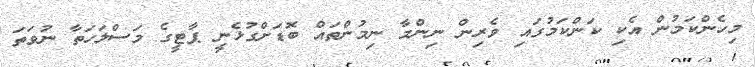
މިހެންކަމުން އެކި ކަންކަމުގައި ވެރިން ނިންމާ ނިމުންތައް ބޮޑަށްގުޅެނީ ޕާޓީގެ މަސްލަހަތާ ނުވަތަ